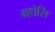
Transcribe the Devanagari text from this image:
मधेसि